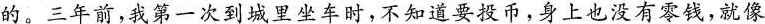
的。三年前，我第一次到城里坐车时，不知道要投币，身上也没有零钱，就像